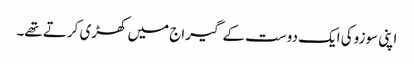
اپنی سوزوکی ایک دوست کے گیراج میں کھڑی کرتے تھے۔